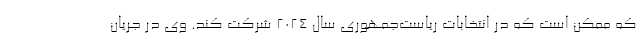
که ممکن است که در انتخابات ریاست‌جمهوری سال ۲۰۲۴ شرکت کند. وی در جریان